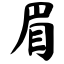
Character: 眉